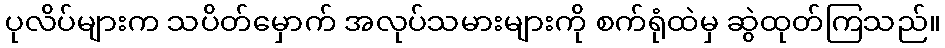
ပုလိပ်များက သပိတ်မှောက် အလုပ်သမားများကို စက်ရုံထဲမှ ဆွဲထုတ်ကြသည်။